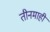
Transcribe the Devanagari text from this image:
तीनमाही